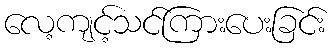
လေ့ကျင့်သင်ကြားပေးခြင်း